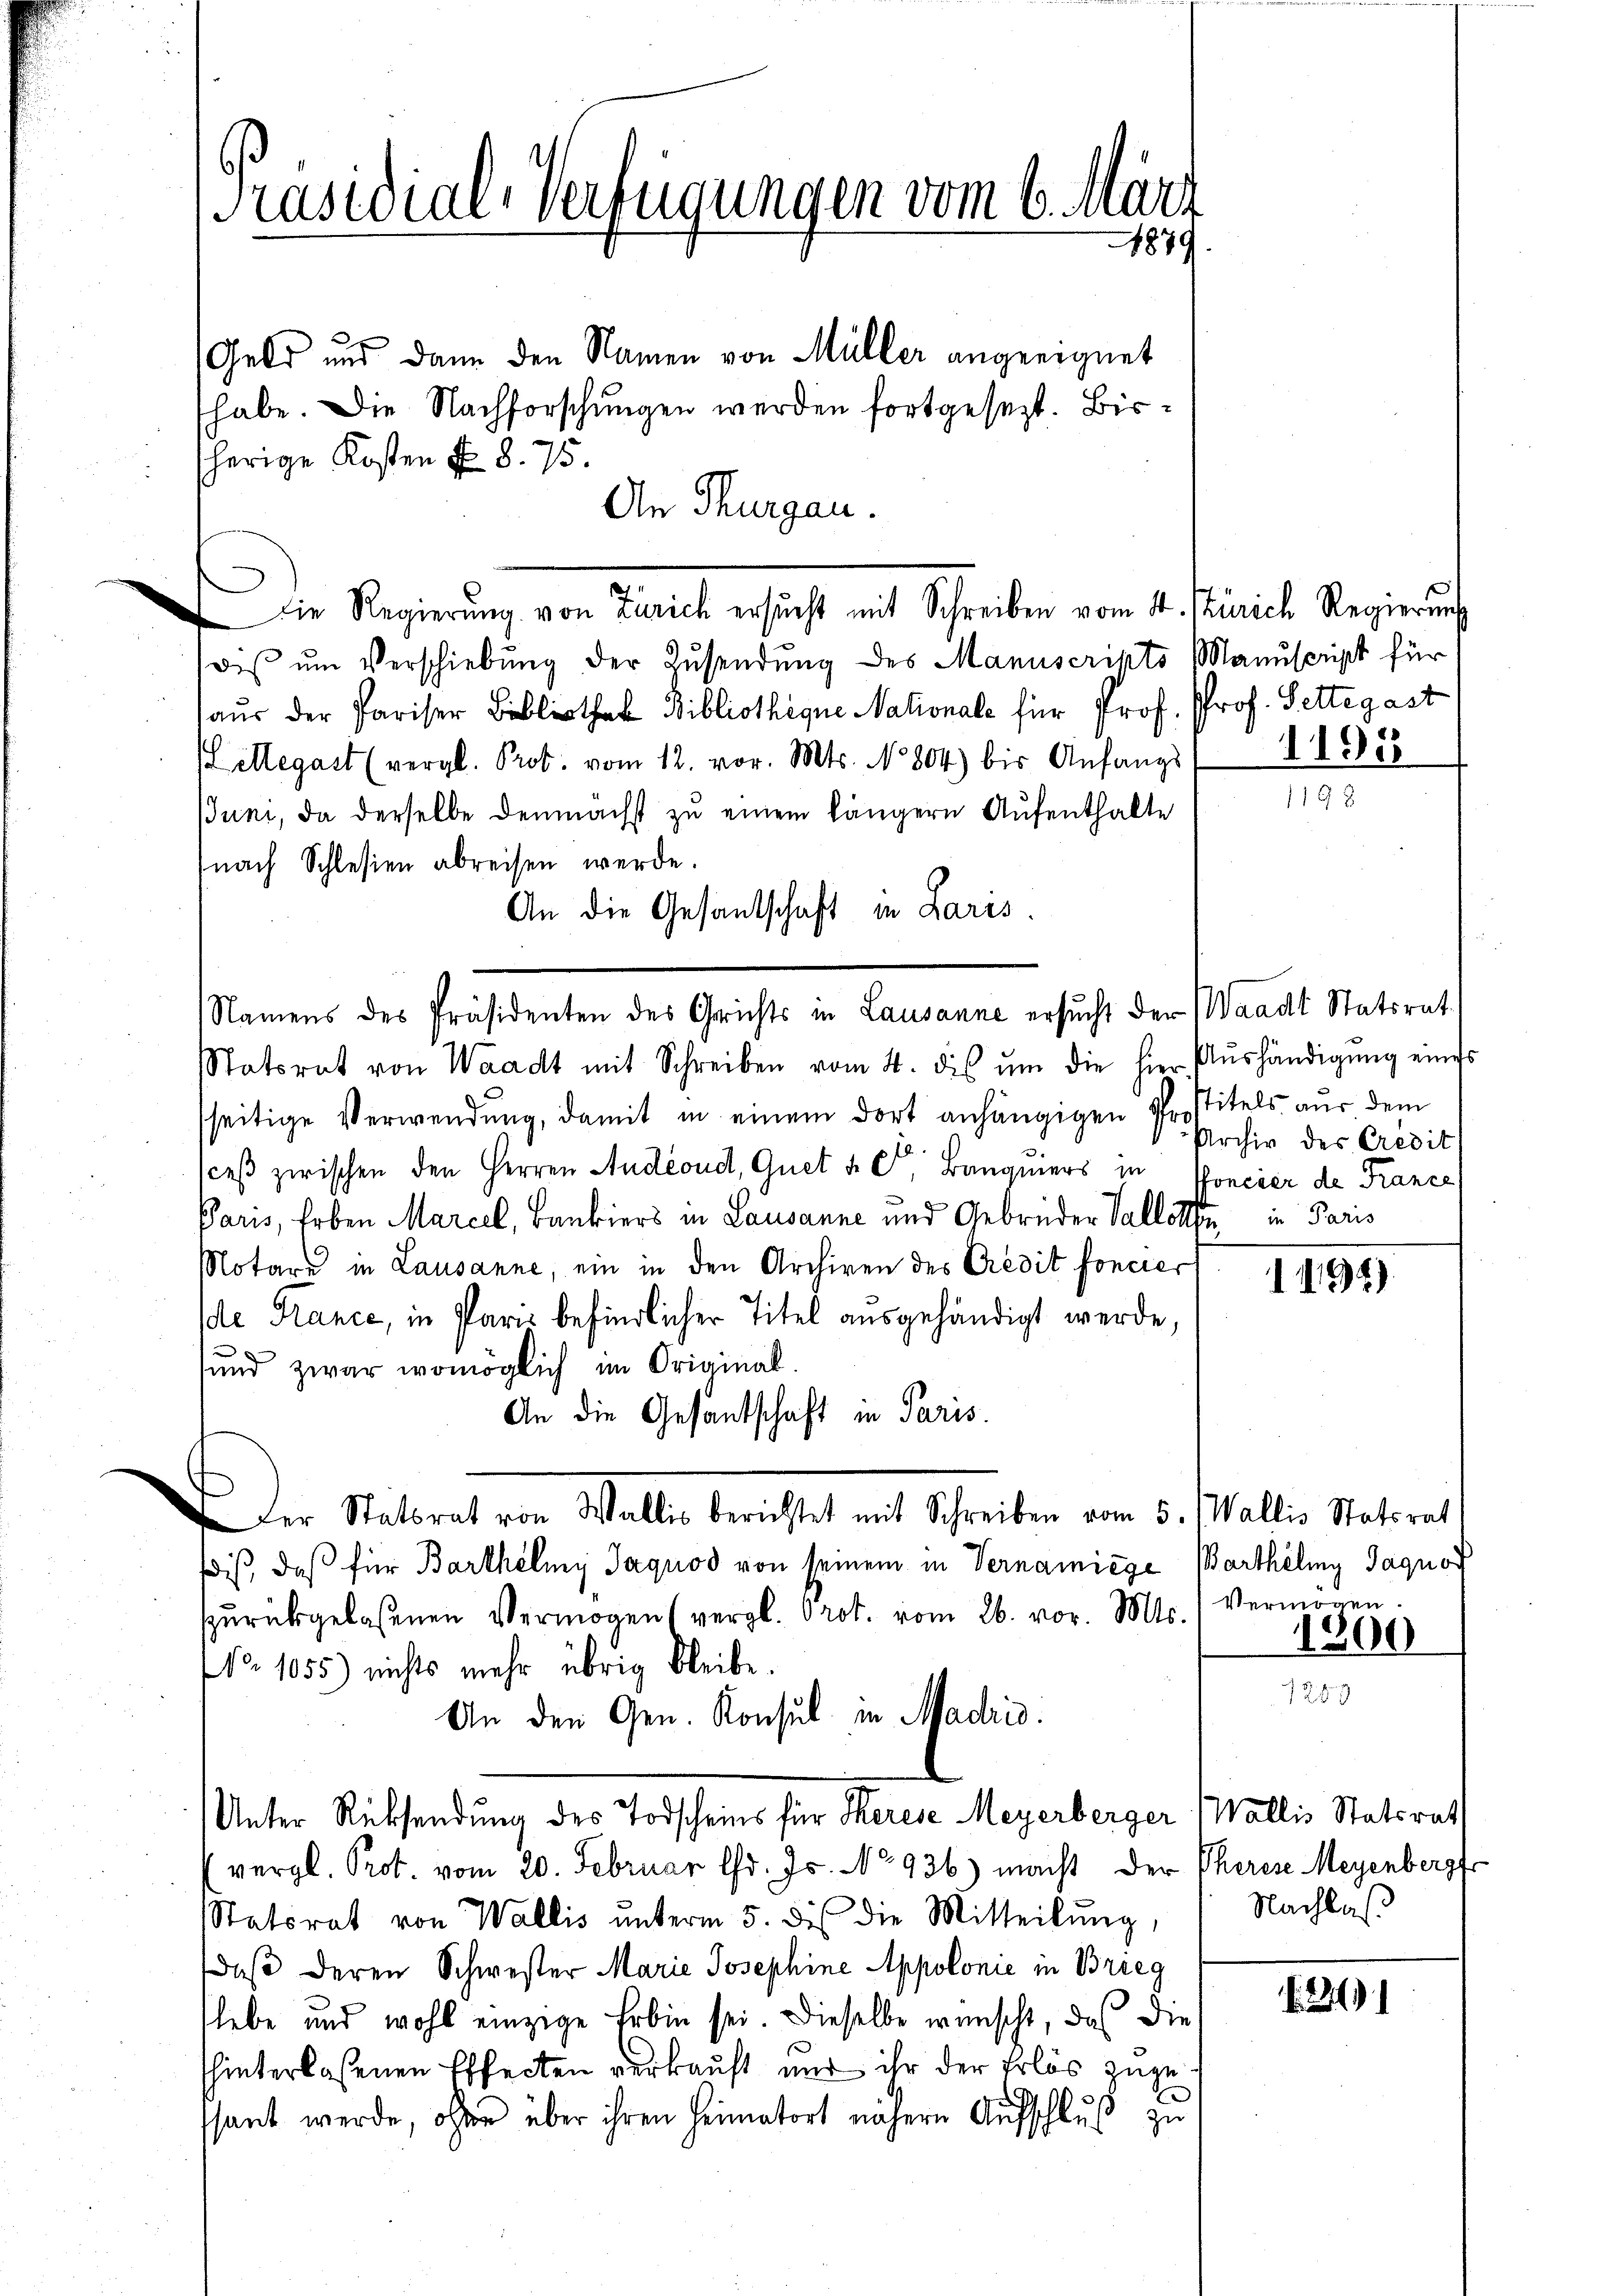
Präsidial-Verfügungen vom 6. März
1879.

Geld und dann den Namen von Müller angeeignet
habe. Die Nachforschungen werden fortgesezt. Bissherige Kosten No. 8. 75.
An Thurgau.
dis ŭm Verschiebung der Zusendung des Manuscrikts Manuscript für
aus der Pariser Bibliothek Bibliotheque Nationale für Prof. Prof. Settegast
Lettegast (vergl. Prot. vom 12. vor. Mts. No 804 bis Anfangs
Juni, da derselbe demnächst zu einem längern Aufenthalte
(nach Schlesien abreisen werde.
An die Gesandschaft in Paris
tatsrat von Waadt mit Schreiben vom 4. dis ŭm die hier Aŭshändigŭng eines
seitige Verwendung, damit in einem dort anhängigen Prostitels aus dem
ceß zwischen den Herren Audeoud, Quet de C Banquiers in Pfoncier de France
Paris, Erben Marcel, Bankiers in Lausanne und Gebrüder Vallotte in Paris
Notare in Lausanne, ein in den Archiven des Credit foncier
de Hance, in Paris befindlicher Titel ausgehändigt werde,

sund zwar womöglich im Original
An die Gesantschaft in Paris.
Der Statbrat von Wallis berichtet mit Schreiben vom 5. Wallis Statsrat
dis, daß für Barthelmy Jaquod von seinem in Vernamiese Barthéling Jaquor
zŭrückgelaßenen Vermögen (vergl. Prot. vom 26. vor. Mts. Vermögen.
No 1055) nichts mehr übrig bleibe.
An den Gen. Konsul in Madris.
Unter Rücksendung des Todscheins für Merese Meyerberger Wallis Statsrath
vergl. Prot. vom 20. Februar Chr. Js. No 936.) macht der Therese Meyenbergf
Statsrat von Wallis unterm 5. des die Mitteilŭng,
daß deren Schwester Marie Josephine Appolonie in Brieg
slebe und wohl einzige Erbin sei. Dieselbe wünscht, daß die
hinterlaßenen Effecten verkauft nur ihr der Erlös zugessant werde, ohner über ihren Heimatort nähere Aufschluß zu

Die Regierŭng von Zürich ersŭcht mit Schreiben vom 14. Zürich Regierŭng

Namens des Präsidenten des Gerichts in Lausanne ersucht der Waadt Statsrat

1198

Archiv des Credit

1494)

1800

Nachlaß

241